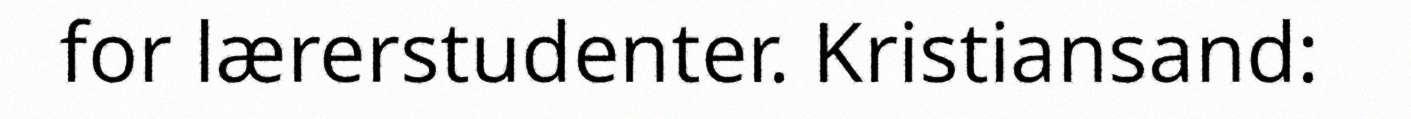
for lærerstudenter. Kristiansand: